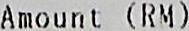
AMOUNT (RM)